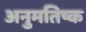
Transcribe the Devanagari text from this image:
अनुमतिष्क